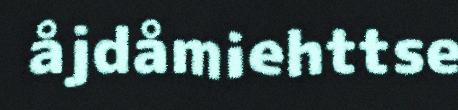
åjdåmiehttse